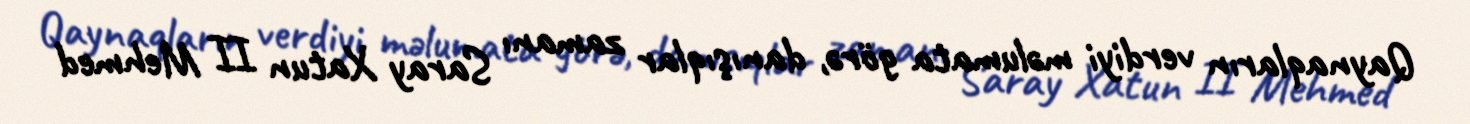
Qaynaqların verdiyi məlumata görə, danışıqlar zamanı Saray Xatun II Mehmed